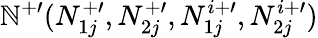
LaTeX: \mathbb{N}^{+\prime}(N_{1j}^{+\prime},N_{2j}^{+\prime},N_{1j}^{i+\prime},N_{2j}^{i+\prime})